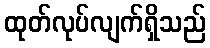
ထုတ်လုပ်လျက်ရှိသည်